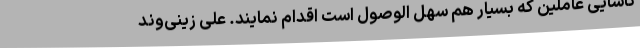
ناسایی عاملین که بسیار هم سهل الوصول است اقدام نمایند. علی زینی‌وند